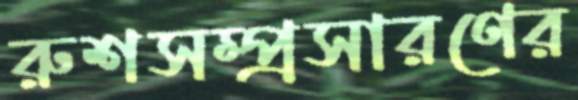
রুশসম্প্রসারণের